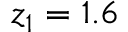
z _ { 1 } = 1 . 6